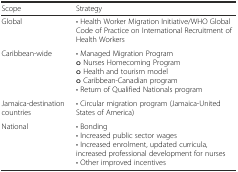
<table><thead><tr><td><b>Scope</b></td><td><b>Strategy</b></td></tr></thead><tbody><tr><td>Global</td><td>• Health Worker Migration Initiative/WHO Global Code of Practice on International Recruitment of Health Workers</td></tr><tr><td>Caribbean-wide</td><td>• Managed Migration Programo Nurses Homecoming Programo Health and tourism modelo Caribbean-Canadian program• Return of Qualified Nationals program</td></tr><tr><td>Jamaica-destination countries</td><td>• Circular migration program (Jamaica-United States of America)</td></tr><tr><td>National</td><td>• Bonding• Increased public sector wages• Increased enrolment, updated curricula, increased professional development for nurses• Other improved incentives</td></tr></tbody></table>